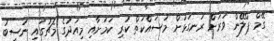
ގޭމް ޕްލޭން ވަރަށް ރަނގަޅަށް މަސައްކަތް ކުރި ކަމަށާއި މިއަދުގެ މެޗުގައި ނަސީބު